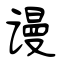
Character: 谩